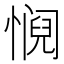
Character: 𫻁